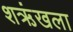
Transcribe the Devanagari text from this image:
शऋंखला